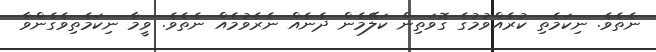
ނެތެވެ. ނިކަމެތި ކުރެއްވުމުގެ ގޮވަތިން ކަލޭމެން ދެނެއް ނެރެވުމެއް ނެތެވެ. ވީމާ ނިކަމެތިވެގެންވާ